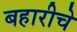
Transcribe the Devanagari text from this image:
बहारीचे